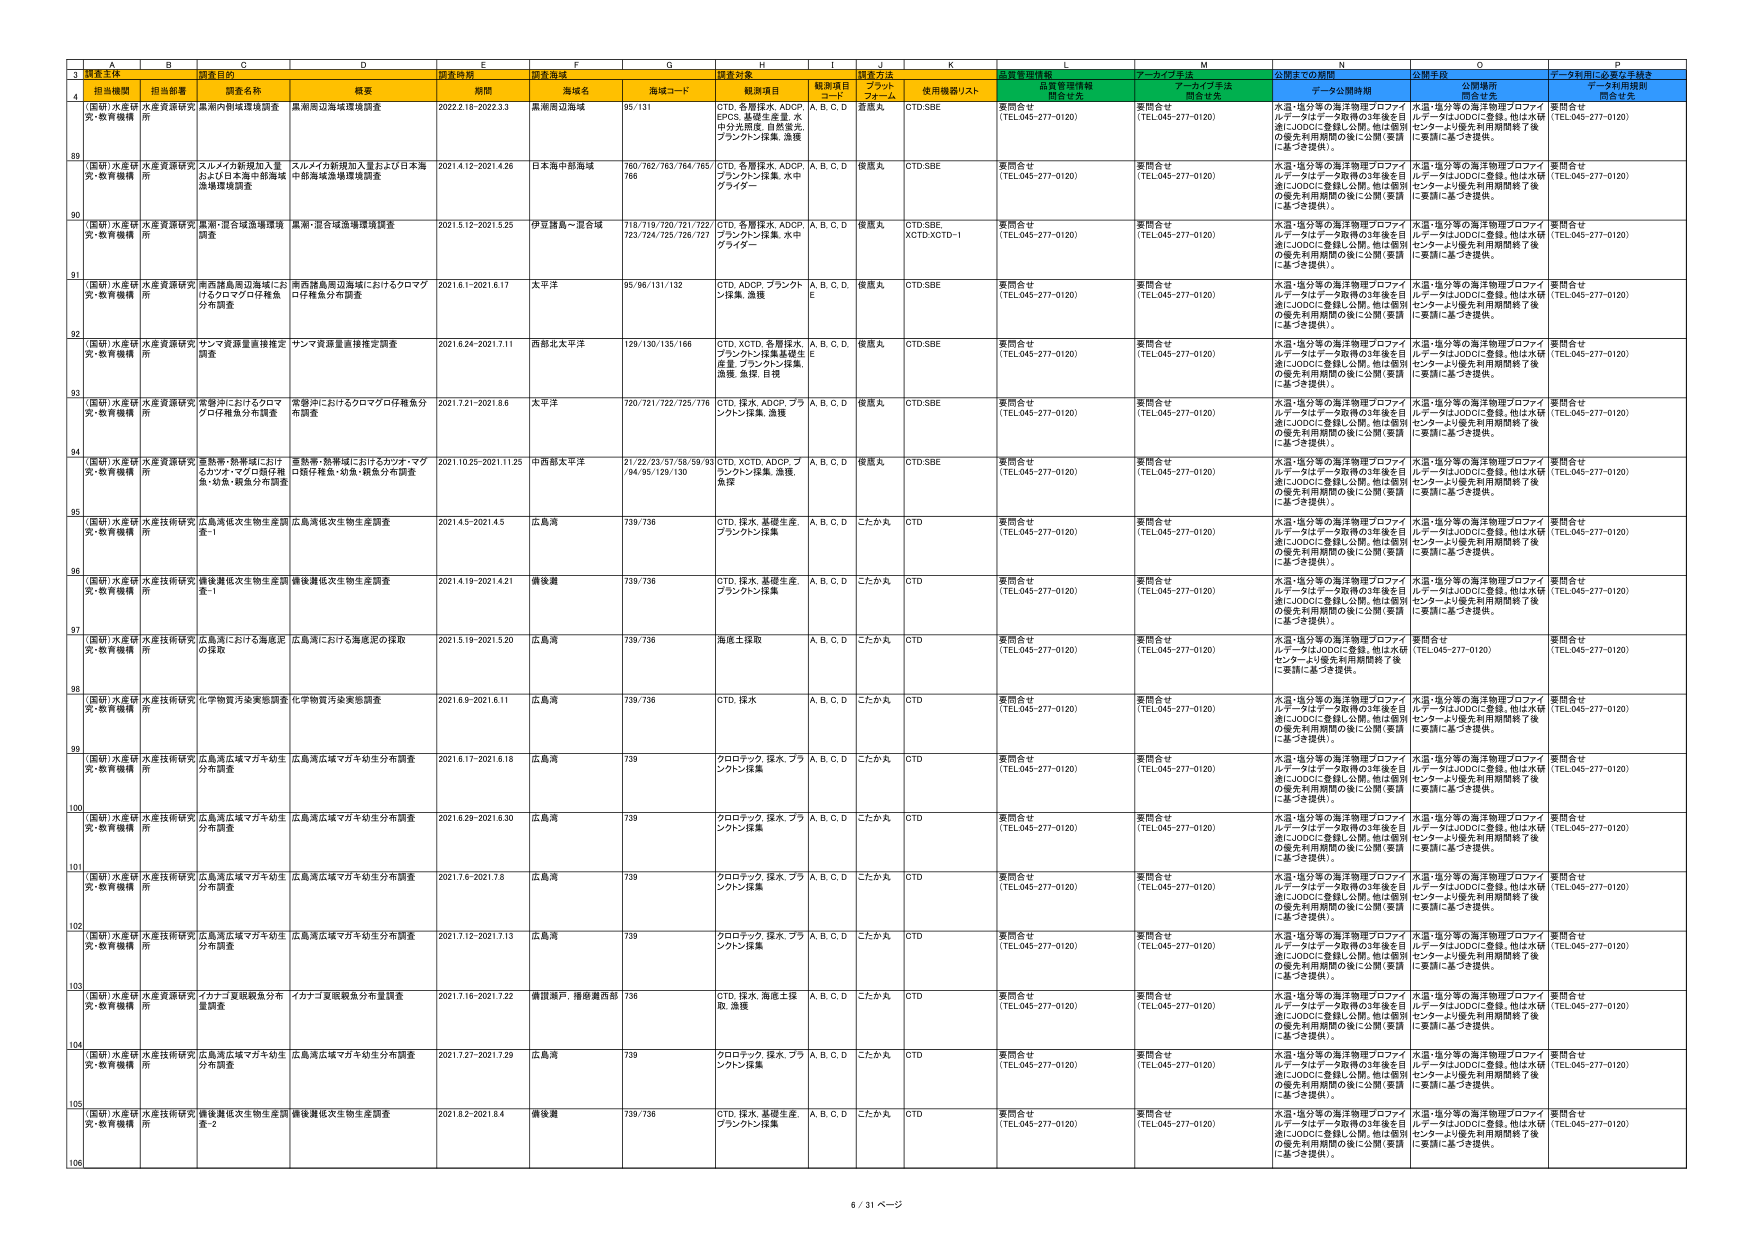
3 調査主体 調査目的 調査時期 調査海域 調査対象 調査方法 質量管理情報 アーカイブ手法 公開までの期間 公開手段 データ利用に必要な手続き
4 担当機関 担当部署 調査名称 概要 期間 海域名 海域コード 観測項目 観測項目 コード プラット フォーム 使用機器リスト 品質管理情報 開発者名 アーカイブ手法 開発者名 データ公開期間 公開場所 開発者名 データ利用規則 開発者名
(国研)水産研 究・教育機構 水産資源研究 所 黒潮の割堤環境調査 黒潮周辺海域環境調査 2022.2.18-2022.3.3 黒潮周辺海域 95/131 CTD, 各層採水, ADCP, EPOS, 基礎生産量, 水 中分光測定, 自動蛍光, ブランクン採集, 漁獲 A, B, C, D 擬底丸 CTD,SBE 要問合せ (TEL:045-277-0120) 要問合せ (TEL:045-277-0120) 水温・塩分等の海洋物理プロファイ ルデータはデータ取得の3年後を目 指しJODCに登録し公開。他は個別 の優先利用期間の後に公開（要請 に基づき提供）。 水温・塩分等の海洋物理プロファイ ルデータはJODCに登録。他は水研 センターより優先利用期間終了後 に要請に基づき提供。 要問合せ (TEL:045-277-0120)
89 (国研)水産研 究・教育機構 水産資源研究 所 スルメイカ新規加入量 および日本海中部海域 環境環境調査 スルメイカ新規加入量および日本海 中部海域漁場環境調査 2021.4.12-2021.4.26 日本海中部海域 760/762/763/764/765/ 766 CTD, 各層採水, ADCP, ブランクン採集, 水中 グライダー A, B, C, D 擬底丸 CTD,SBE 要問合せ (TEL:045-277-0120) 要問合せ (TEL:045-277-0120) 水温・塩分等の海洋物理プロファイ ルデータはデータ取得の3年後を目 指しJODCに登録し公開。他は個別 の優先利用期間の後に公開（要請 に基づき提供）。 水温・塩分等の海洋物理プロファイ ルデータはJODCに登録。他は水研 センターより優先利用期間終了後 に要請に基づき提供。 要問合せ (TEL:045-277-0120)
90 (国研)水産研 究・教育機構 水産資源研究 所 黒潮・混合域漁場環境 調査 黒潮・混合域漁場環境調査 2021.5.12-2021.5.25 伊豆諸島～混合域 718/719/720/721/722/ 723/724/725/726/727 CTD, 各層採水, ADCP, ブランクン採集, 水中 グライダー A, B, C, D 擬底丸 CTD,SBE, XCTD,XCTD-1 要問合せ (TEL:045-277-0120) 要問合せ (TEL:045-277-0120) 水温・塩分等の海洋物理プロファイ ルデータはデータ取得の3年後を目 指しJODCに登録し公開。他は個別 の優先利用期間の後に公開（要請 に基づき提供）。 水温・塩分等の海洋物理プロファイ ルデータはJODCに登録。他は水研 センターより優先利用期間終了後 に要請に基づき提供。 要問合せ (TEL:045-277-0120)
91 (国研)水産研 究・教育機構 水産資源研究 所 南西諸島周辺海域にお けるクロマグロ仔稚魚 分布調査 南西諸島周辺海域におけるクロマグ ロ仔稚魚分布調査 2021.6.1-2021.6.17 太平洋 95/96/131/132 CTD, ADCP, ブランクン 採集, 漁獲 A, B, C, D, E 擬底丸 CTD,SBE 要問合せ (TEL:045-277-0120) 要問合せ (TEL:045-277-0120) 水温・塩分等の海洋物理プロファイ ルデータはデータ取得の3年後を目 指しJODCに登録し公開。他は個別 の優先利用期間の後に公開（要請 に基づき提供）。 水温・塩分等の海洋物理プロファイ ルデータはJODCに登録。他は水研 センターより優先利用期間終了後 に要請に基づき提供。 要問合せ (TEL:045-277-0120)
92 (国研)水産研 究・教育機構 水産資源研究 所 サマメ資源量推移確定 調査 サマメ資源量推移確定調査 2021.6.24-2021.7.11 西部北太平洋 129/130/135/166 CTD, XCTD, 各層採水, ブランクン採集,基礎生 産量, ブランクン採集, 漁獲, 魚採, 目視 A, B, C, D 擬底丸 CTD,SBE 要問合せ (TEL:045-277-0120) 要問合せ (TEL:045-277-0120) 水温・塩分等の海洋物理プロファイ ルデータはデータ取得の3年後を目 指しJODCに登録し公開。他は個別 の優先利用期間の後に公開（要請 に基づき提供）。 水温・塩分等の海洋物理プロファイ ルデータはJODCに登録。他は水研 センターより優先利用期間終了後 に要請に基づき提供。 要問合せ (TEL:045-277-0120)
93 (国研)水産研 究・教育機構 水産資源研究 所 常磐沖におけるクロマ グロ仔稚魚分布調査 常磐沖におけるクロマグロ仔稚魚分 布調査 2021.7.21-2021.8.6 太平洋 720/721/722/725/776 CTD, 採水, ADCP, ブラ ンクン採集, 漁獲 A, B, C, D 擬底丸 CTD,SBE 要問合せ (TEL:045-277-0120) 要問合せ (TEL:045-277-0120) 水温・塩分等の海洋物理プロファイ ルデータはデータ取得の3年後を目 指しJODCに登録し公開。他は個別 の優先利用期間の後に公開（要請 に基づき提供）。 水温・塩分等の海洋物理プロファイ ルデータはJODCに登録。他は水研 センターより優先利用期間終了後 に要請に基づき提供。 要問合せ (TEL:045-277-0120)
94 (国研)水産研 究・教育機構 水産資源研究 所 壱岐県・熊本県におけ るカツオ・マグロ類仔稚 魚・幼魚・親魚分布調査 壱岐県・熊本県におけるカツオ・マグ ロ類仔稚魚・幼魚・親魚分布調査 2021.10.25-2021.11.25 中西部太平洋 21/22/23/57/58/59/93 /94/95/129/130 CTD, XCTD, ADCP, ブ ランクン採集, 漁獲, 魚採 A, B, C, D 擬底丸 CTD,SBE 要問合せ (TEL:045-277-0120) 要問合せ (TEL:045-277-0120) 水温・塩分等の海洋物理プロファイ ルデータはデータ取得の3年後を目 指しJODCに登録し公開。他は個別 の優先利用期間の後に公開（要請 に基づき提供）。 水温・塩分等の海洋物理プロファイ ルデータはJODCに登録。他は水研 センターより優先利用期間終了後 に要請に基づき提供。 要問合せ (TEL:045-277-0120)
95 (国研)水産研 究・教育機構 水産技術研究 所 広島湾低次生物生産調 査-1 広島湾低次生物生産調査 2021.4.5-2021.4.5 広島湾 739/736 CTD, 採水, 基礎生産, ブランクン採集 A, B, C, D こたか丸 CTD 要問合せ (TEL:045-277-0120) 要問合せ (TEL:045-277-0120) 水温・塩分等の海洋物理プロファイ ルデータはデータ取得の3年後を目 指しJODCに登録し公開。他は個別 の優先利用期間の後に公開（要請 に基づき提供）。 水温・塩分等の海洋物理プロファイ ルデータはJODCに登録。他は水研 センターより優先利用期間終了後 に要請に基づき提供。 要問合せ (TEL:045-277-0120)
96 (国研)水産研 究・教育機構 水産技術研究 所 鎮後灘低次生物生産調 査-1 鎮後灘低次生物生産調査 2021.4.19-2021.4.21 鎮後灘 739/736 CTD, 採水, 基礎生産, ブランクン採集 A, B, C, D こたか丸 CTD 要問合せ (TEL:045-277-0120) 要問合せ (TEL:045-277-0120) 水温・塩分等の海洋物理プロファイ ルデータはデータ取得の3年後を目 指しJODCに登録し公開。他は個別 の優先利用期間の後に公開（要請 に基づき提供）。 水温・塩分等の海洋物理プロファイ ルデータはJODCに登録。他は水研 センターより優先利用期間終了後 に要請に基づき提供。 要問合せ (TEL:045-277-0120)
97 (国研)水産研 究・教育機構 水産技術研究 所 広島湾における海底泥 の採取 広島湾における海底泥の採取 2021.5.19-2021.5.20 広島湾 739/736 海底土採取 A, B, C, D こたか丸 CTD 要問合せ (TEL:045-277-0120) 要問合せ (TEL:045-277-0120) 水温・塩分等の海洋物理プロファイ ルデータはJODCに登録。他は水研 センターより優先利用期間終了後 に要請に基づき提供。 要問合せ (TEL:045-277-0120) 要問合せ (TEL:045-277-0120)
98 (国研)水産研 究・教育機構 水産技術研究 所 化学物質汚染実態調査 化学物質汚染実態調査 2021.6.9-2021.6.11 広島湾 739/736 CTD, 採水 A, B, C, D こたか丸 CTD 要問合せ (TEL:045-277-0120) 要問合せ (TEL:045-277-0120) 水温・塩分等の海洋物理プロファイ ルデータはデータ取得の3年後を目 指しJODCに登録し公開。他は個別 の優先利用期間の後に公開（要請 に基づき提供）。 水温・塩分等の海洋物理プロファイ ルデータはJODCに登録。他は水研 センターより優先利用期間終了後 に要請に基づき提供。 要問合せ (TEL:045-277-0120)
99 (国研)水産研 究・教育機構 水産技術研究 所 広島湾広域マガキ幼生 分布調査 広島湾広域マガキ幼生分布調査 2021.6.17-2021.6.18 広島湾 739 クロロテック, 採水, ブラ ンクン採集 A, B, C, D こたか丸 CTD 要問合せ (TEL:045-277-0120) 要問合せ (TEL:045-277-0120) 水温・塩分等の海洋物理プロファイ ルデータはデータ取得の3年後を目 指しJODCに登録し公開。他は個別 の優先利用期間の後に公開（要請 に基づき提供）。 水温・塩分等の海洋物理プロファイ ルデータはJODCに登録。他は水研 センターより優先利用期間終了後 に要請に基づき提供。 要問合せ (TEL:045-277-0120)
100 (国研)水産研 究・教育機構 水産技術研究 所 広島湾広域マガキ幼生 分布調査 広島湾広域マガキ幼生分布調査 2021.6.29-2021.6.30 広島湾 739 クロロテック, 採水, ブラ ンクン採集 A, B, C, D こたか丸 CTD 要問合せ (TEL:045-277-0120) 要問合せ (TEL:045-277-0120) 水温・塩分等の海洋物理プロファイ ルデータはデータ取得の3年後を目 指しJODCに登録し公開。他は個別 の優先利用期間の後に公開（要請 に基づき提供）。 水温・塩分等の海洋物理プロファイ ルデータはJODCに登録。他は水研 センターより優先利用期間終了後 に要請に基づき提供。 要問合せ (TEL:045-277-0120)
101 (国研)水産研 究・教育機構 水産技術研究 所 広島湾広域マガキ幼生 分布調査 広島湾広域マガキ幼生分布調査 2021.7.6-2021.7.8 広島湾 739 クロロテック, 採水, ブラ ンクン採集 A, B, C, D こたか丸 CTD 要問合せ (TEL:045-277-0120) 要問合せ (TEL:045-277-0120) 水温・塩分等の海洋物理プロファイ ルデータはデータ取得の3年後を目 指しJODCに登録し公開。他は個別 の優先利用期間の後に公開（要請 に基づき提供）。 水温・塩分等の海洋物理プロファイ ルデータはJODCに登録。他は水研 センターより優先利用期間終了後 に要請に基づき提供。 要問合せ (TEL:045-277-0120)
102 (国研)水産研 究・教育機構 水産技術研究 所 広島湾広域マガキ幼生 分布調査 広島湾広域マガキ幼生分布調査 2021.7.12-2021.7.13 広島湾 739 クロロテック, 採水, ブラ ンクン採集 A, B, C, D こたか丸 CTD 要問合せ (TEL:045-277-0120) 要問合せ (TEL:045-277-0120) 水温・塩分等の海洋物理プロファイ ルデータはデータ取得の3年後を目 指しJODCに登録し公開。他は個別 の優先利用期間の後に公開（要請 に基づき提供）。 水温・塩分等の海洋物理プロファイ ルデータはJODCに登録。他は水研 センターより優先利用期間終了後 に要請に基づき提供。 要問合せ (TEL:045-277-0120)
103 (国研)水産研 究・教育機構 水産資源研究 所 イナナゴ夏眠親魚分布 量調査 イナナゴ夏眠親魚分布量調査 2021.7.16-2021.7.22 情報瀬戸, 播磨灘西部 736 CTD, 採水, 海底土採 取, 漁獲 A, B, C, D こたか丸 CTD 要問合せ (TEL:045-277-0120) 要問合せ (TEL:045-277-0120) 水温・塩分等の海洋物理プロファイ ルデータはデータ取得の3年後を目 指しJODCに登録し公開。他は個別 の優先利用期間の後に公開（要請 に基づき提供）。 水温・塩分等の海洋物理プロファイ ルデータはJODCに登録。他は水研 センターより優先利用期間終了後 に要請に基づき提供。 要問合せ (TEL:045-277-0120)
104 (国研)水産研 究・教育機構 水産技術研究 所 広島湾広域マガキ幼生 分布調査 広島湾広域マガキ幼生分布調査 2021.7.27-2021.7.29 広島湾 739 クロロテック, 採水, ブラ ンクン採集 A, B, C, D こたか丸 CTD 要問合せ (TEL:045-277-0120) 要問合せ (TEL:045-277-0120) 水温・塩分等の海洋物理プロファイ ルデータはデータ取得の3年後を目 指しJODCに登録し公開。他は個別 の優先利用期間の後に公開（要請 に基づき提供）。 水温・塩分等の海洋物理プロファイ ルデータはJODCに登録。他は水研 センターより優先利用期間終了後 に要請に基づき提供。 要問合せ (TEL:045-277-0120)
105 (国研)水産研 究・教育機構 水産技術研究 所 鎮後灘低次生物生産調 査-2 鎮後灘低次生物生産調査 2021.8.2-2021.8.4 鎮後灘 739/736 CTD, 採水, 基礎生産, ブランクン採集 A, B, C, D こたか丸 CTD 要問合せ (TEL:045-277-0120) 要問合せ (TEL:045-277-0120) 水温・塩分等の海洋物理プロファイ ルデータはデータ取得の3年後を目 指しJODCに登録し公開。他は個別 の優先利用期間の後に公開（要請 に基づき提供）。 水温・塩分等の海洋物理プロファイ ルデータはJODCに登録。他は水研 センターより優先利用期間終了後 に要請に基づき提供。 要問合せ (TEL:045-277-0120)
106
6 / 31 ページ